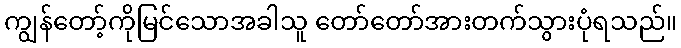
ကျွန်တော့်ကိုမြင်သောအခါသူ တော်တော်အားတက်သွားပုံရသည်။